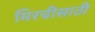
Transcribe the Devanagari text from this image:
मिरचीसाठी